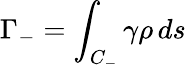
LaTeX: \Gamma_{-}=\int_{C_{-}}\gamma\rho\, ds